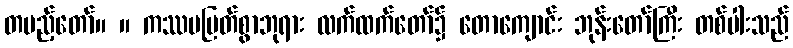
တပည့်တော်။ ။ ကဿပမြတ်စွာဘုရား လက်ထက်တော်၌ တောကျောင်း ဘုန်းတော်ကြီး တစ်ပါးသည်